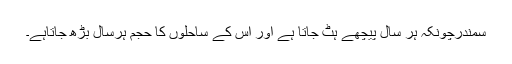
سمندرچونکہ ہر سال پیچھے ہٹ جاتا ہے اور اس کے ساحلوں کا حجم ہرسال بڑھ جاتاہے۔